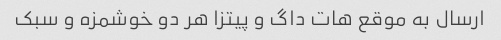
ارسال به موقع هات داگ و پیتزا هر دو خوشمزه و سبک